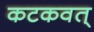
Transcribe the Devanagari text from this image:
कटकवत्